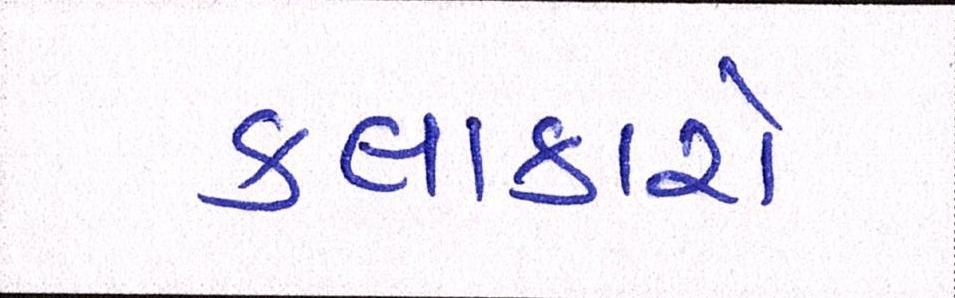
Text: કલાકારો